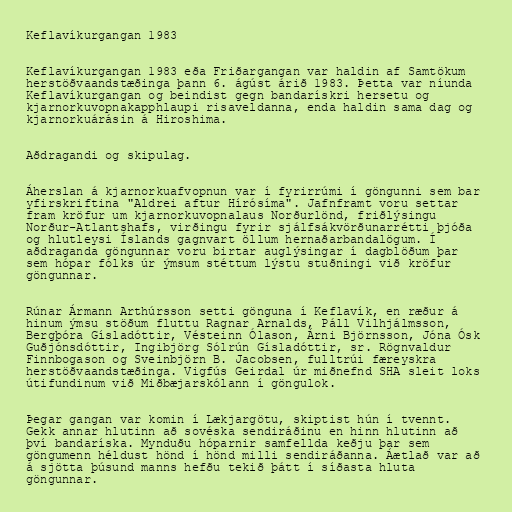
Keflavíkurgangan 1983

Keflavíkurgangan 1983 eða Friðargangan var haldin af Samtökum
herstöðvaandstæðinga þann 6. ágúst árið 1983. Þetta var níunda
Keflavíkurgangan og beindist gegn bandarískri hersetu og
kjarnorkuvopnakapphlaupi risaveldanna, enda haldin sama dag og
kjarnorkuárásin á Hiroshima.

Aðdragandi og skipulag.

Áherslan á kjarnorkuafvopnun var í fyrirrúmi í göngunni sem bar
yfirskriftina "Aldrei aftur Hírósíma". Jafnframt voru settar
fram kröfur um kjarnorkuvopnalaus Norðurlönd, friðlýsingu
Norður-Atlantshafs, virðingu fyrir sjálfsákvörðunarrétti þjóða
og hlutleysi Íslands gagnvart öllum hernaðarbandalögum. Í
aðdraganda göngunnar voru birtar auglýsingar í dagblöðum þar
sem hópar fólks úr ýmsum stéttum lýstu stuðningi við kröfur
göngunnar.

Rúnar Ármann Arthúrsson setti gönguna í Keflavík, en ræður á
hinum ýmsu stöðum fluttu Ragnar Arnalds, Páll Vilhjálmsson,
Bergþóra Gísladóttir, Vésteinn Ólason, Árni Björnsson, Jóna Ósk
Guðjónsdóttir, Ingibjörg Sólrún Gísladóttir, sr. Rögnvaldur
Finnbogason og Sveinbjörn B. Jacobsen, fulltrúi færeyskra
herstöðvaandstæðinga. Vigfús Geirdal úr miðnefnd SHA sleit loks
útifundinum við Miðbæjarskólann í göngulok.

Þegar gangan var komin í Lækjargötu, skiptist hún í tvennt.
Gekk annar hlutinn að sovéska sendiráðinu en hinn hlutinn að
því bandaríska. Mynduðu hóparnir samfellda keðju þar sem
göngumenn héldust hönd í hönd milli sendiráðanna. Áætlað var að
á sjötta þúsund manns hefðu tekið þátt í síðasta hluta
göngunnar.